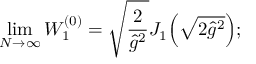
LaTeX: \operatorname * { l i m } _ { N \to \infty } { \cal W } _ { 1 } ^ { ( 0 ) } = \sqrt { \frac 2 { \hat { g } ^ { 2 } \AA } } J _ { 1 } \Bigl ( \sqrt { 2 \hat { g } ^ { 2 } \AA } \Bigr ) ;